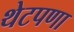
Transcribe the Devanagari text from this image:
थेटपणा